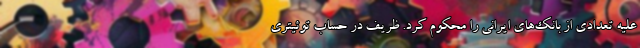
علیه تعدادی از بانک‌های ایرانی را محکوم کرد. ظریف در حساب توئیتری